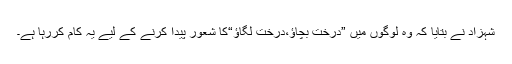
شہزاد نے بتایا کہ وہ لوگوں میں ”درخت بچاؤ،درخت لگاؤ“کا شعور پیدا کرنے کے لیے یہ کام کررہا ہے۔